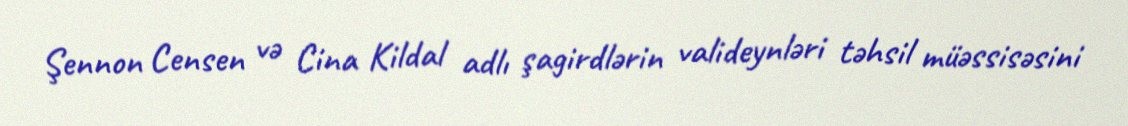
Şennon Censen və Cina Kildal adlı şagirdlərin valideynləri təhsil müəssisəsini